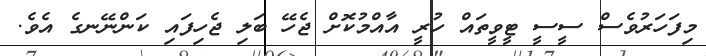
މިފަހަރުވެސް ސީސީ ޓީވީތައް ހުރީ އާއްމުކޮށް ޖެހޭ ބަލި ޖެހިފައި ކަންނޭނގެ އެވެ.